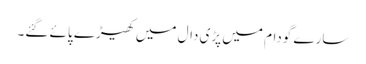
سارے گودام میں پڑی دال میں کھیڑے پائے گئے۔